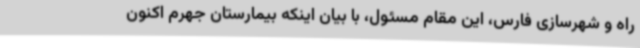
راه و شهرسازی فارس، این مقام مسئول، با بیان اینکه بیمارستان جهرم اکنون